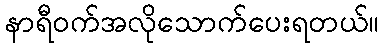
နာရီဝက်အလိုသောက်ပေးရတယ်။